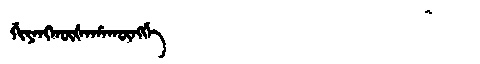
Manchu: ᡤᡳᠶᠠᠩᡴᡡᡧᠠᡥᠠᡴᡡᠩᡤᡝ
Romanization: GIYANGKŪŠAHAKŪNGGE